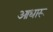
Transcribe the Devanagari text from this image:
आधारू